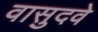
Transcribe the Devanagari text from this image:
वासुदवे